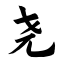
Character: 尧